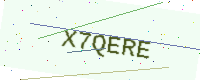
Text: X7QERE